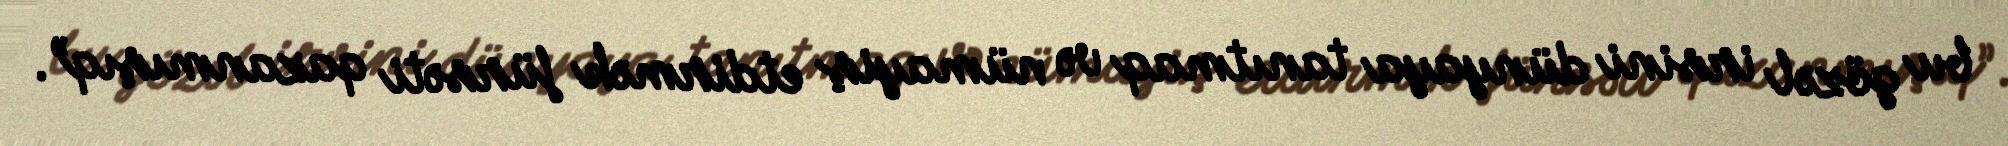
bu gözəl irsini dünyaya tanıtmaq və nümayiş etdirmək fürsəti qazanmışıq”.